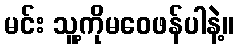
မင်း သူ့ကိုမဝေဖန်ပါနဲ့။